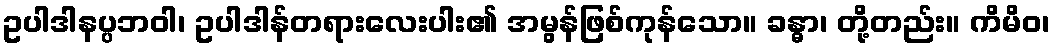
ဥပါဒါနပ္ပဘဝါ၊ ဥပါဒါန်တရားလေးပါး၏ အမွန်ဖြစ်ကုန်သော။ ခန္ဓာ၊ တို့တည်း။ ကိမိဝ၊